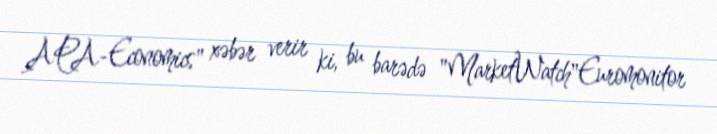
APA-Economics" xəbər verir ki, bu barədə "MarketWatch"Euromonitor